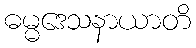
ဓမ္မဒေသနာယာတိ